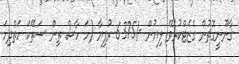
ޤާނޫނީގޮތުން ގެޒެޓްކުރެވޭ ލިޔުން -/6375 ރުފިޔާ (ހަ ހާސް ތިން ސަތޭކަ ހަތްދިހަ